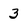
Character: 3